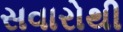
સવારોથી